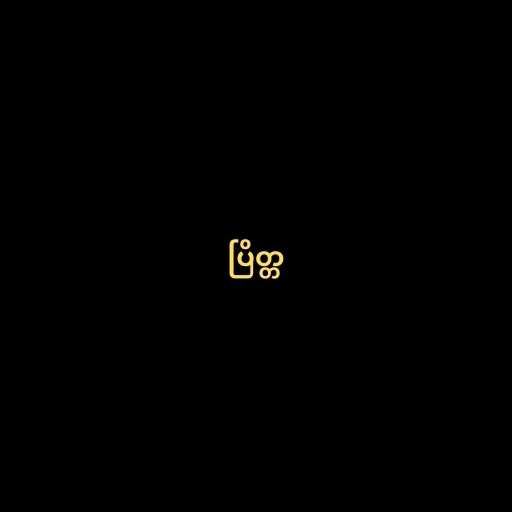
ပြိတ္တ